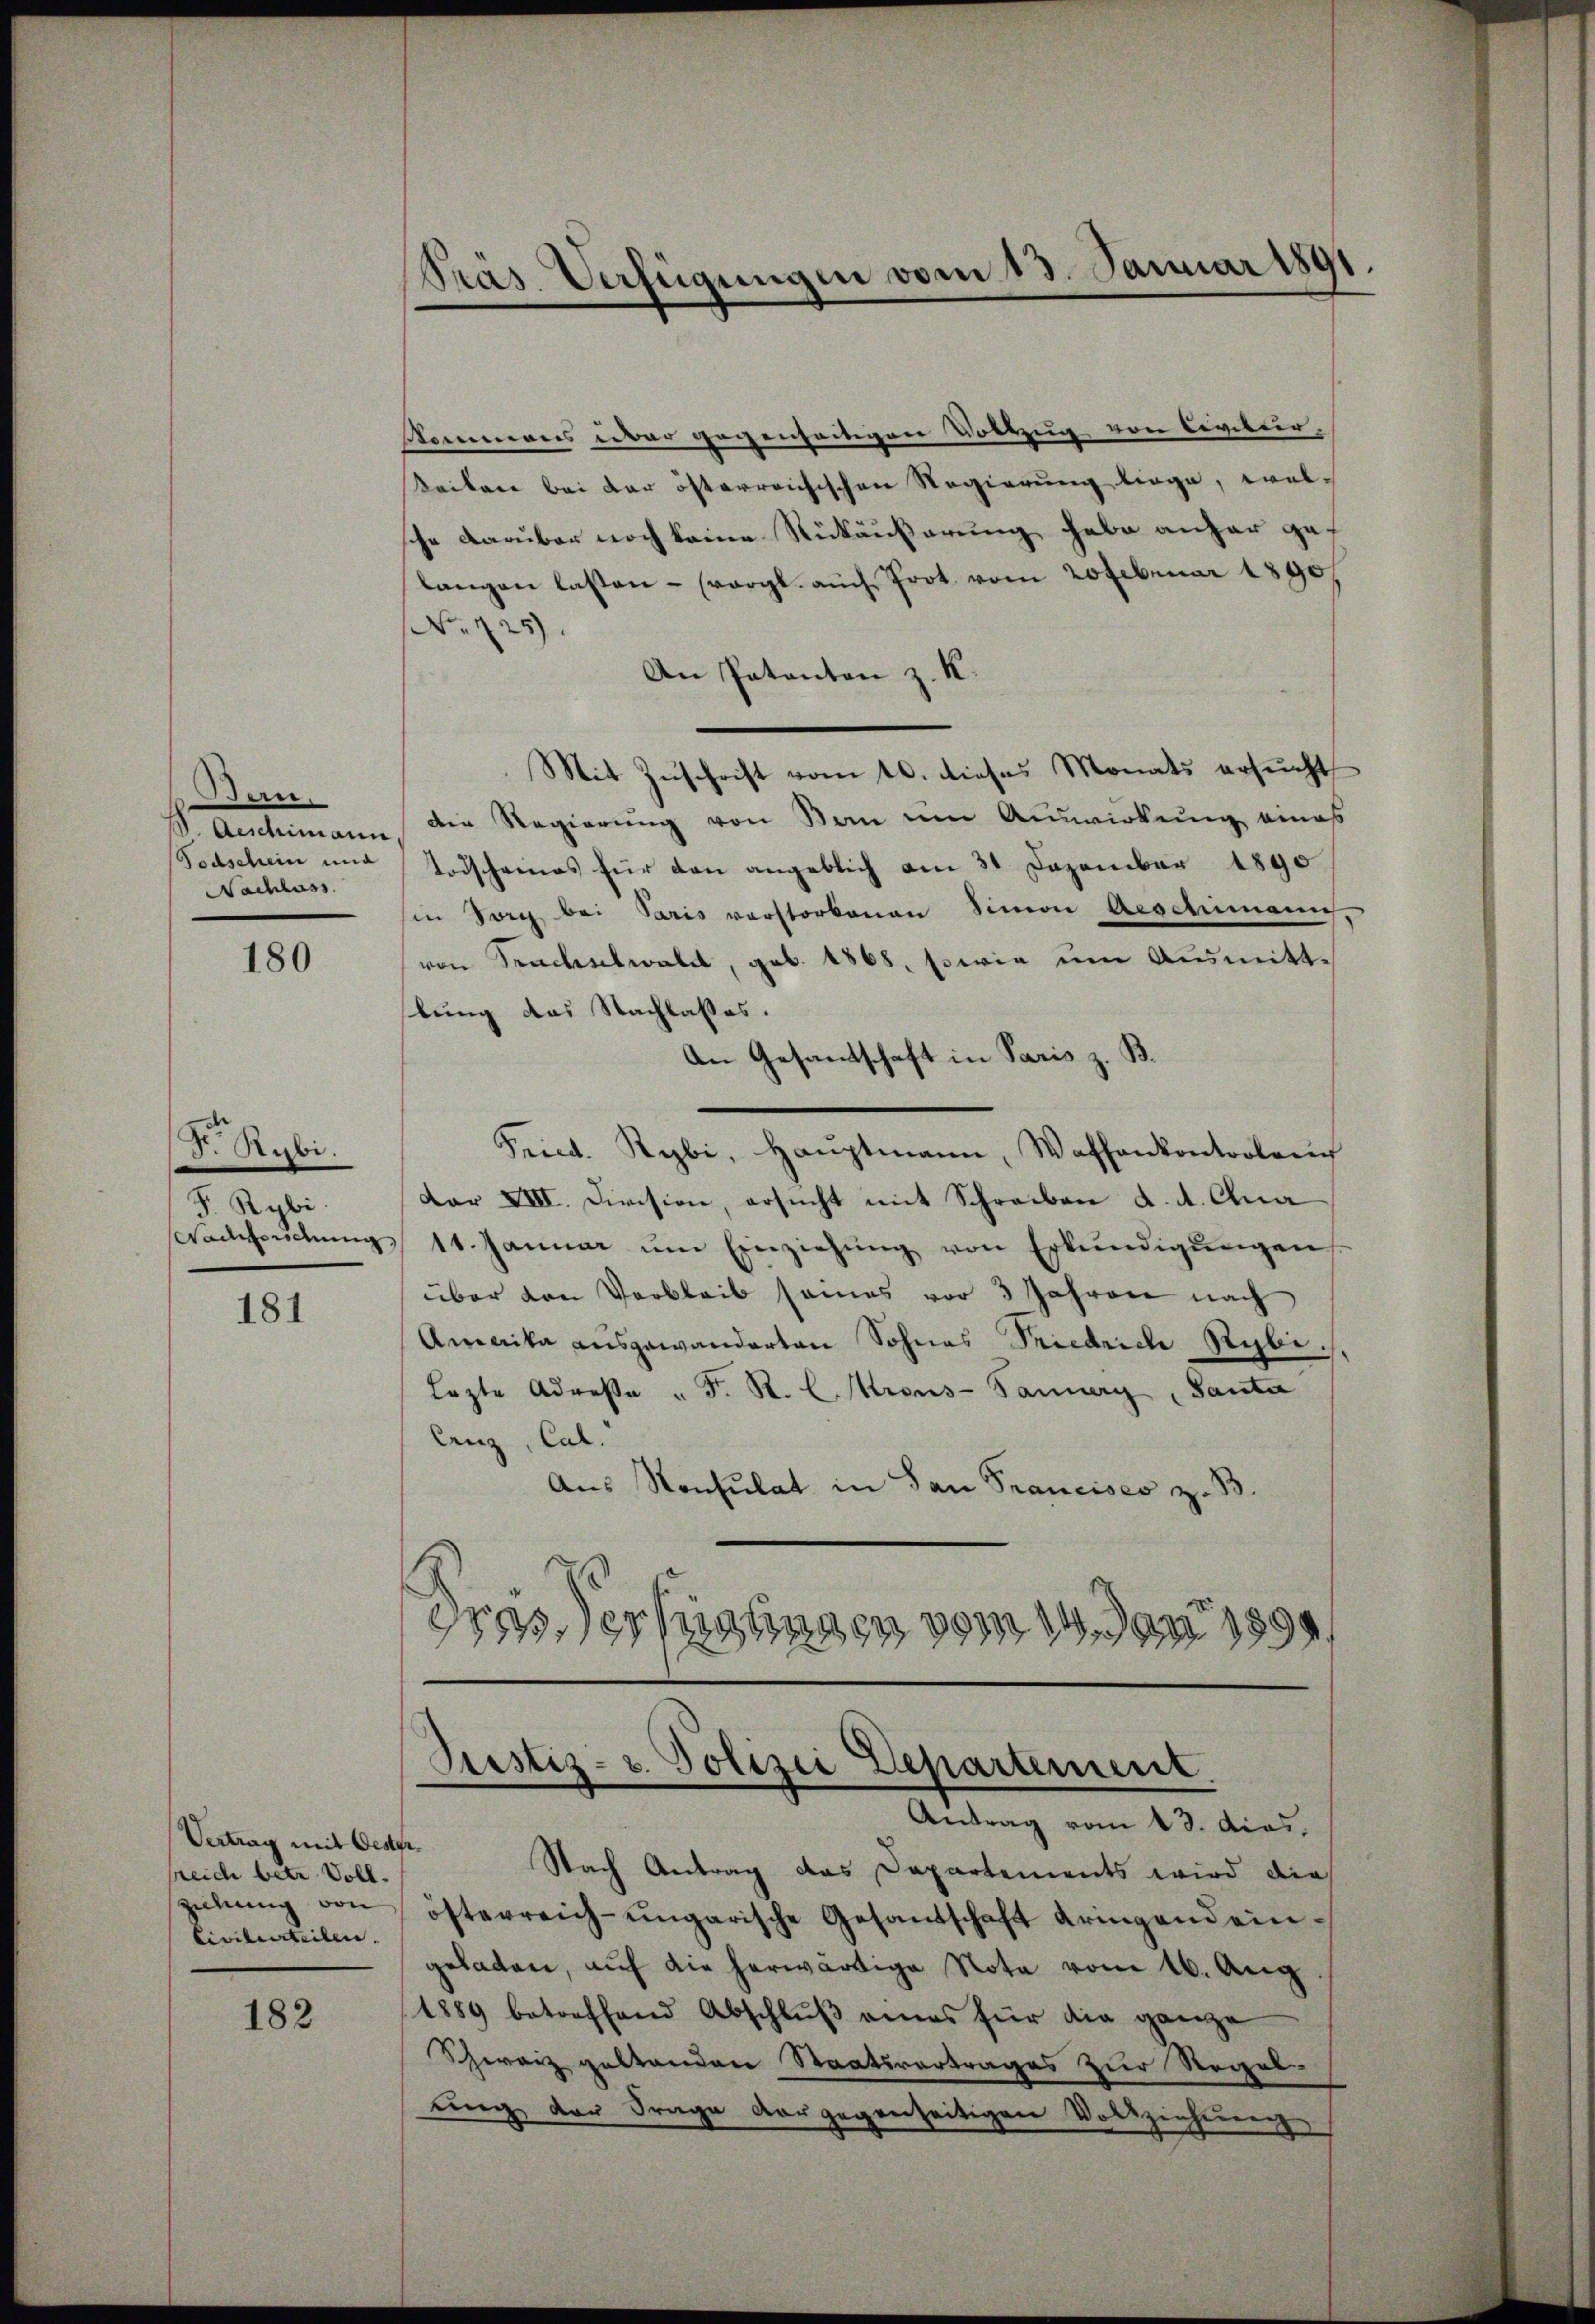
Bern.
Nachlass

180

S. Rybi.
F. Rybi.

181

182

Präs. Verfügungen vom 13. Januar 1891.

Vertrag mit Oester
sreich betr. Vollziehung von
Civilurteilen.

skommens über gegenseitigen Vollzug von Civitier,
Seiten bei der österreichischen Regierung liege, welche Darüber noch keine Rückäußerung habe anher gef
langen lassen - vergl. auch Prot vom 20 Februar 1890.
No 125.
An Patanton z. K.
Mit Zuschrift vom 10. dieses Monats ersucht
S. Aeschimann. Die Regierung von Son um Auswirkung eines
Todschein und Todscheines für den angeblich am 31 Dezember 1890.
in Vorg bei Paris verstorbenen Simon Aeschimann
von Trachselwald, geb. 1868, sowie um Ausmitthlung das Nachlasses.
An Gesandschaft in Paris z. B.
Fried. Rybi, Haŭptmann, Waffenkontrolan
Dar XVII. Division, ersucht mit Schreiben a. A. Qua
Wachsŭchŭng 11. Januar ŭm Einziehŭng von Erkŭndigŭngen,
über den Verbleib seines vor 3 Jahren nach
Amerika ausgewanderten Sohnes Priedrich Rybe.
Lezte Adresa " F. R. C. Krons-Pannery Santa
Canz, Cal.
Aus Konsulat in San Francises z.
dieser hiesingen vom in den 1890

Justiz- u. Polizei Departement.
Antrag vom 13. dies,

n.
Nach Antrag das Departements wird die
österreich-ungarische Gesantschaft dringend eingeladen, auf die herwärtige Nota vom 16. Aug
1889 betreffend Abschlŭβ eines für die ganze
Schwarz geltenden Staatsvertrages zur Regel-
ung der Frage der gegenseitigen Volkzeichtung